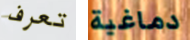
تعرف دماغية